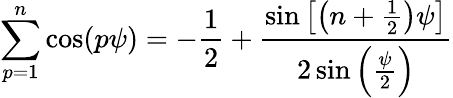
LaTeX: \sum_{p=1}^{n}\cos(p\psi)=-\frac{1}{2}+\frac{\sin\left[\left(n+\frac{1}{2}\right)\psi\right]}{2\sin\left(\frac{\psi}{2}\right)}